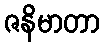
ဇနိမာတာ